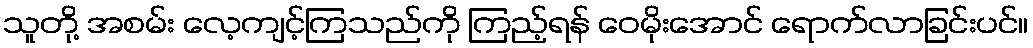
သူတို့ အစမ်း လေ့ကျင့်ကြသည်ကို ကြည့်ရန် ဝေမိုးအောင် ရောက်လာခြင်းပင်။